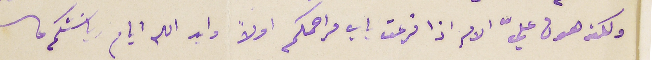
ولكنه هون عليّ الامر اذا قرعت باب مراحمكم اولاً وابد الله ايام رياسَتكم